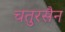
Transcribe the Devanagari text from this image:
चतुरसैन